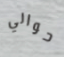
حوالي